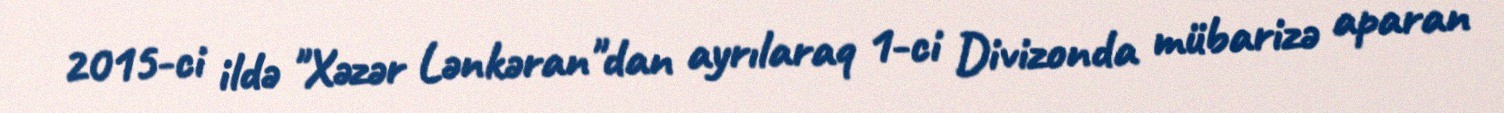
2015-ci ildə "Xəzər Lənkəran"dan ayrılaraq 1-ci Divizonda mübarizə aparan